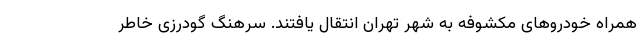
همراه خودروهای مکشوفه به شهر تهران انتقال یافتند. سرهنگ گودرزی خاطر